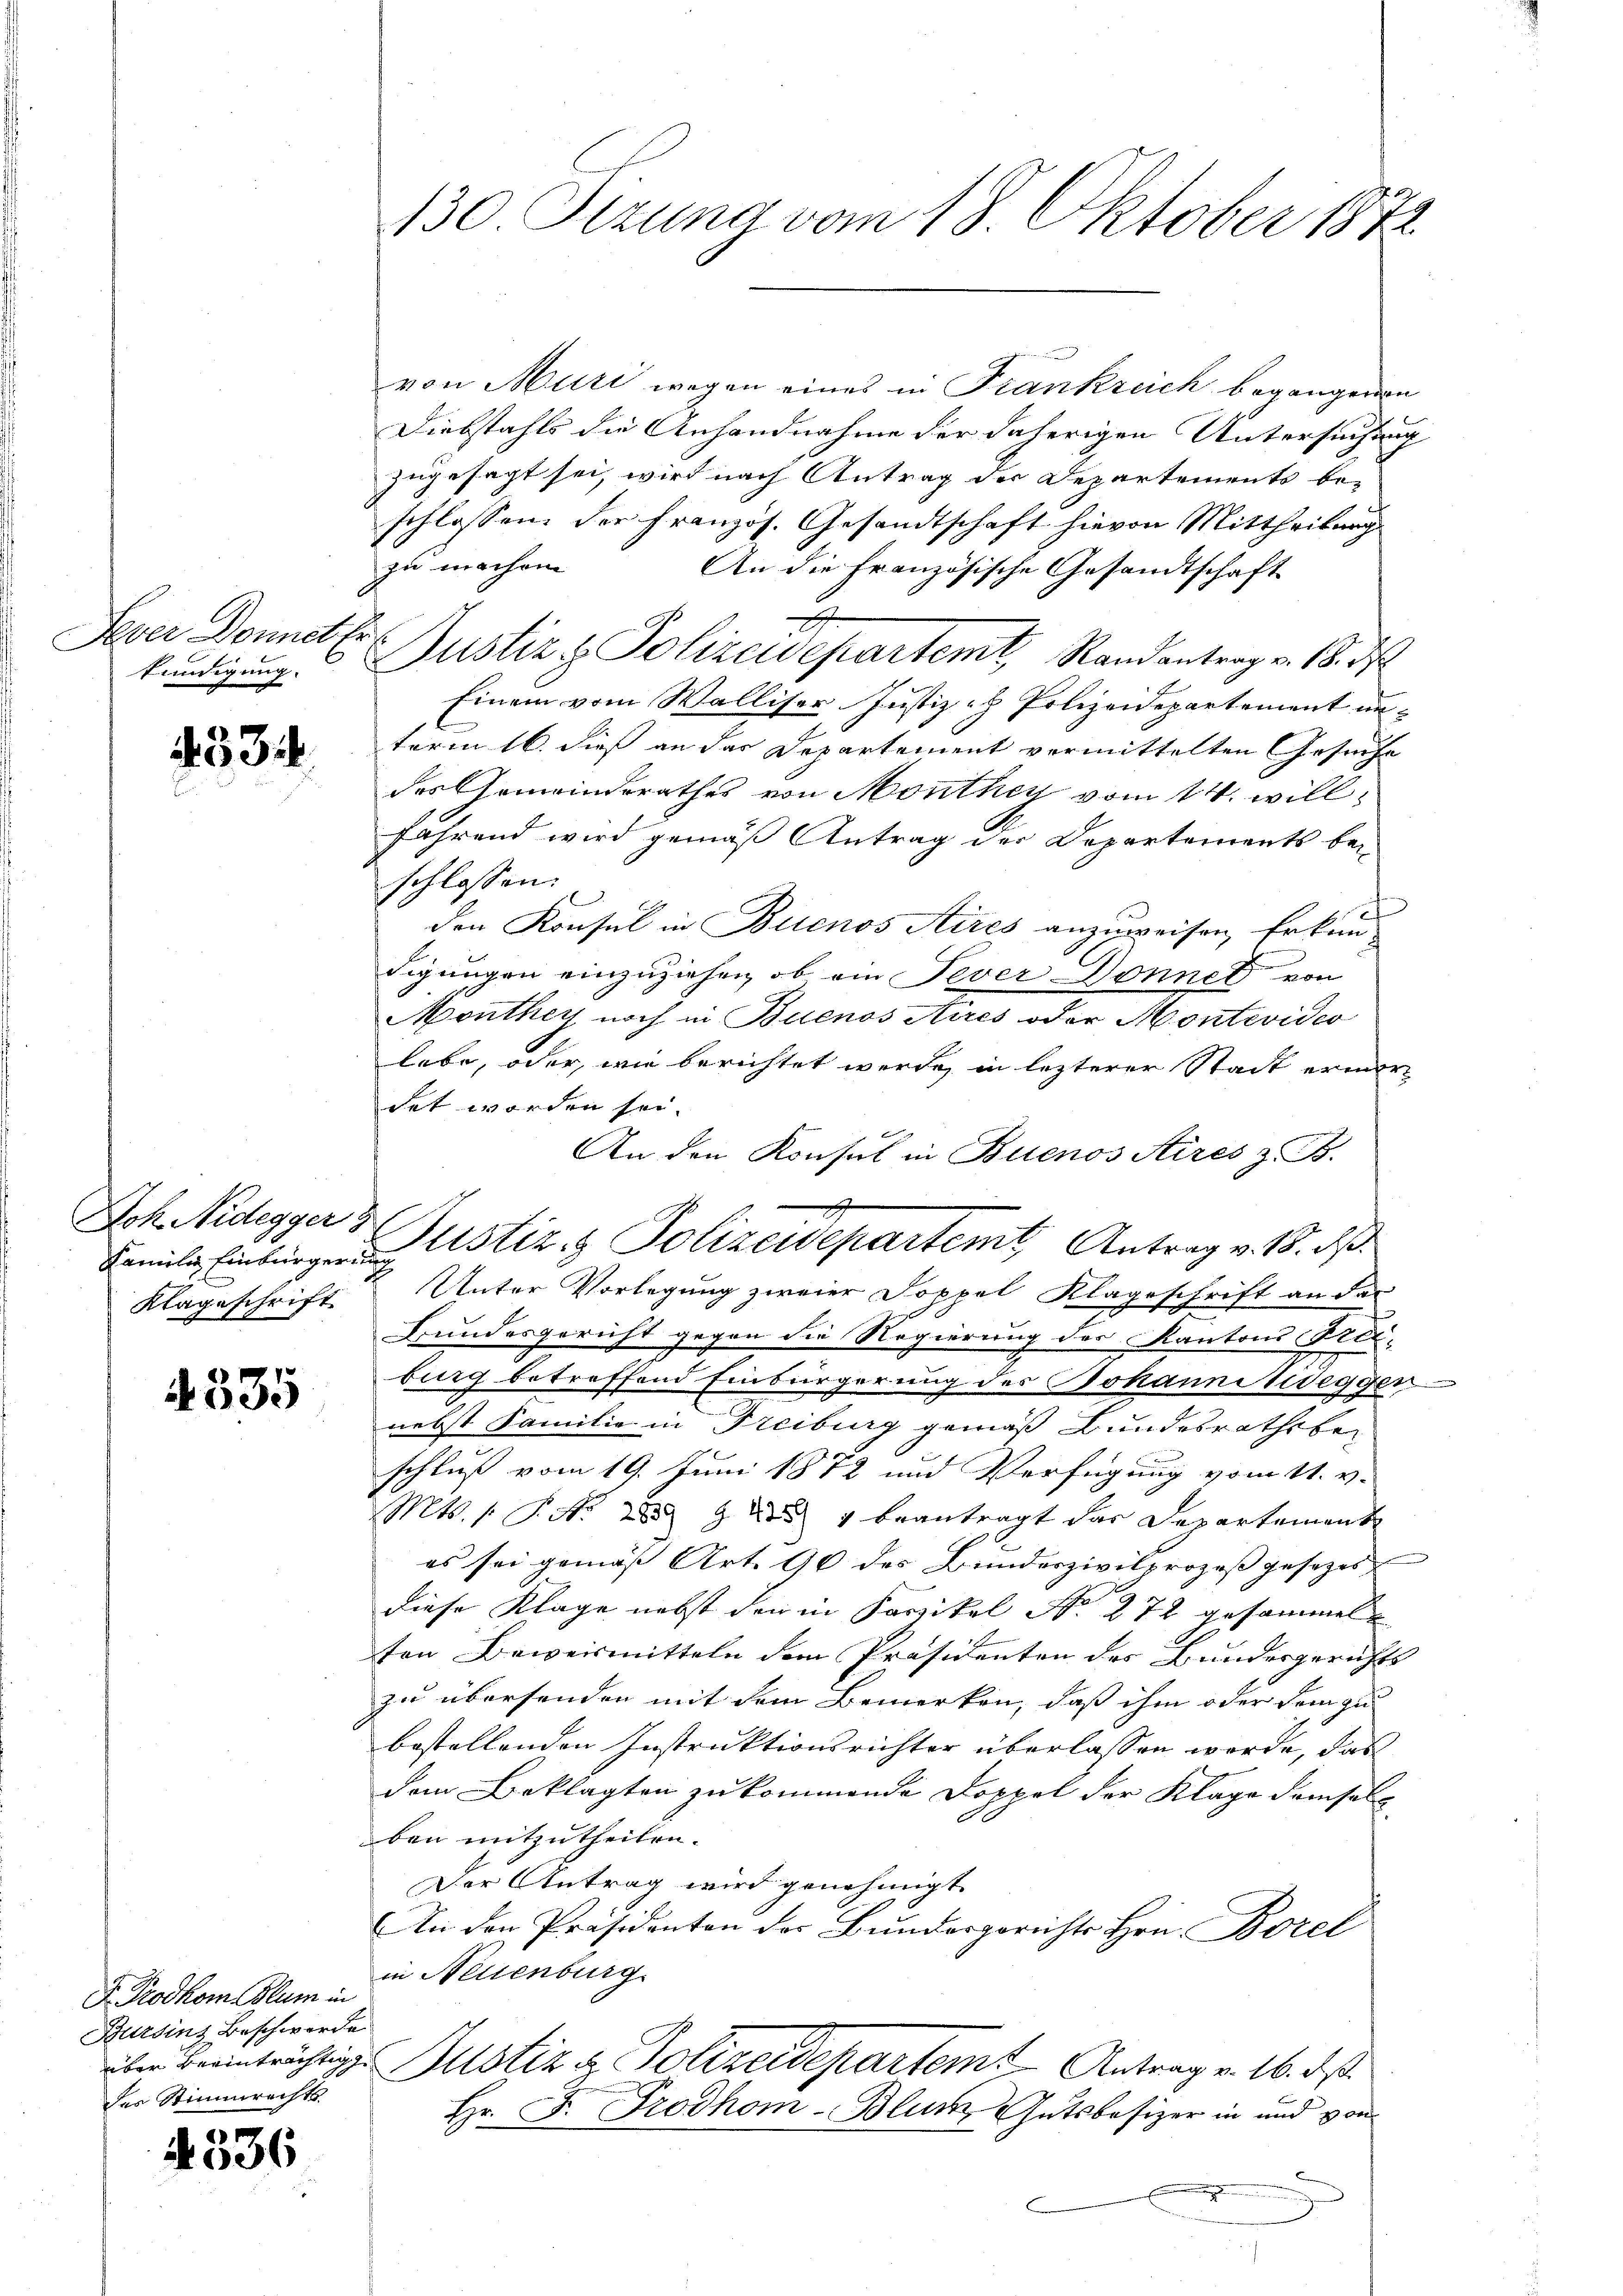
Sever Donnet Er
kundigung.

433.

Joh Nidegger
Klageschrift

4335

F. Protkom stum in
Bursins Beschwerde
des Stimmrechts

e
4006

von Muri wegen eines in Frankreich begangenen
Diebstahls die Anhandnahme der daherigen Untersuchung
zugesagt sei, wird nach Antrag der Departements be-
schlossen der Französ. Gesandtschaft hievon Mittheilung
zu machen
An die Französische Gesandtschaft
Justiz & Polizeidepartemt Randantrag v. 18. ds
Einem vom Walliser Justiz- & Polizeidepartement un-
term 16. dieß an das Departement vermittelten Gesuche
des Gemeinderathes von Monthey vom 14. will
fährend wird gemäß Antrag der Departements be-
schlossen:
d
den Konsul in Buenos Aires anzuweisen, Erkun
digungen einzuziehen, ob ein Tever Donnet von
Monther noch in Buenos Aires oder Montevideo
lebe, oder, wie berichtet werde, in letzterer Stadt ermordet worden sei.
An den Konsul in Buenos Aires z. B.
Famile Einburger Justiz & Polizeidepartemt. Antrag v. 18. ds.
Unter Vorlegung zweier Doppel Klageschrift an das
Bundesgericht gegen die Regierung der Kantons Freiburg betreffend Einbürgerung des Johanni Weggen
nebst Familie in Freiburg gemäß Bundesrathsbeschluß vom 19. Juni 1872 und Verfügung vom 11. v.
Mts. 1 S. Nr. 2 927 beantragt das Departement
es sei gemäß Art. 90 des Bunderzivilprozeß gesezes
diese Klage nebst den in Karikel No 272 gesammel
ton Beweismitteln dem Präsidenten des Bundesgerichts
zu übersenden mit dem Bemerken, daß ihm oder sein zu
bestellenden Instruktionsrichter überlassen werde, das
dem Beklagten zu kommende Doppel der Klage demselb
ben mitzutheilen.
Der Antrag wird genehmigt.
An den Präsidenten der Bundesgerichts Hrn. Borel
in Neuenburg
über Beeinträchtige Justiz & Polizeidepartem Antrag v. 16. ds.
Hr. F. Trodhom-Blun Gutsbesizer in und von

130 Sizung vom 18. Oktober 1872